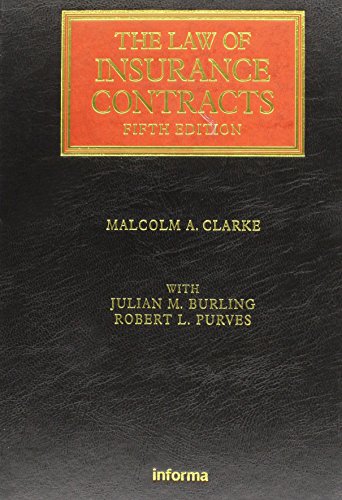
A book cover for Law of Insurance Contracts: Fifth Edition (Lloyd's Insurance Law Library); Malcolm A. Clarke; Law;